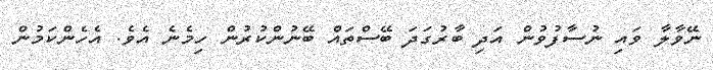
ނޭވާލާ ވައި ނުސާފުވުން އަދި ބާރުގަދަ ބޭސްތައް ބޭނުންކުރުން ހިމެނެ އެވެ. އެހެންކަމުން